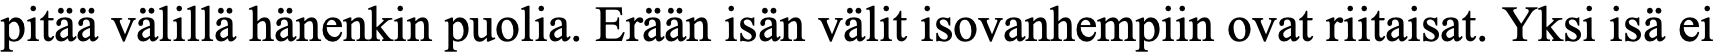
pitää välillä hänenkin puolia. Erään isän välit isovanhempiin ovat riitaisat. Yksi isä ei